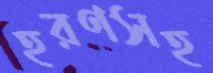
হরণসহ